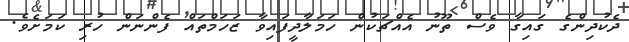
ދެކުދިންގެ ގައިގާ ވެސް ތޫނު އެއްޗަކުން ހަމަލާދީފައިވާ ޒަހަމްތައް ފެންނަން ހުރި ކަމަށެވެ.